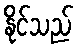
နိုင်သည်